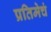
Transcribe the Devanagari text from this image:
प्रतिमेचं